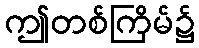
ဤတစ်ကြိမ်၌